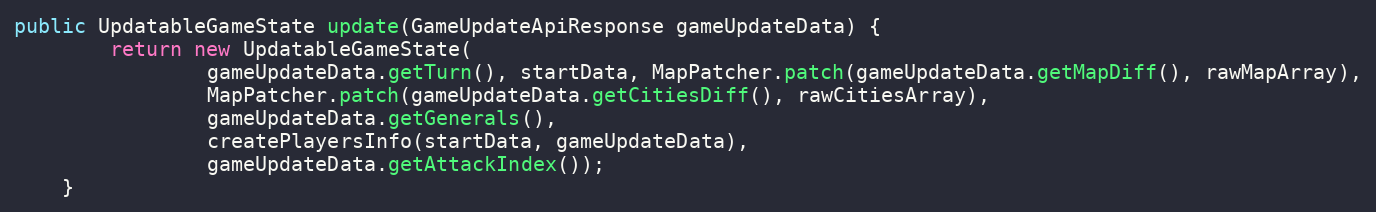
Language: Java
public UpdatableGameState update(GameUpdateApiResponse gameUpdateData) {
        return new UpdatableGameState(
                gameUpdateData.getTurn(), startData, MapPatcher.patch(gameUpdateData.getMapDiff(), rawMapArray),
                MapPatcher.patch(gameUpdateData.getCitiesDiff(), rawCitiesArray),
                gameUpdateData.getGenerals(),
                createPlayersInfo(startData, gameUpdateData),
                gameUpdateData.getAttackIndex());
    }